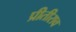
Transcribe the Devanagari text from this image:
प्रीतीराव